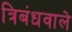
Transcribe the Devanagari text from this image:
त्रिबंधवाले